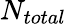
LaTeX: N_{total}